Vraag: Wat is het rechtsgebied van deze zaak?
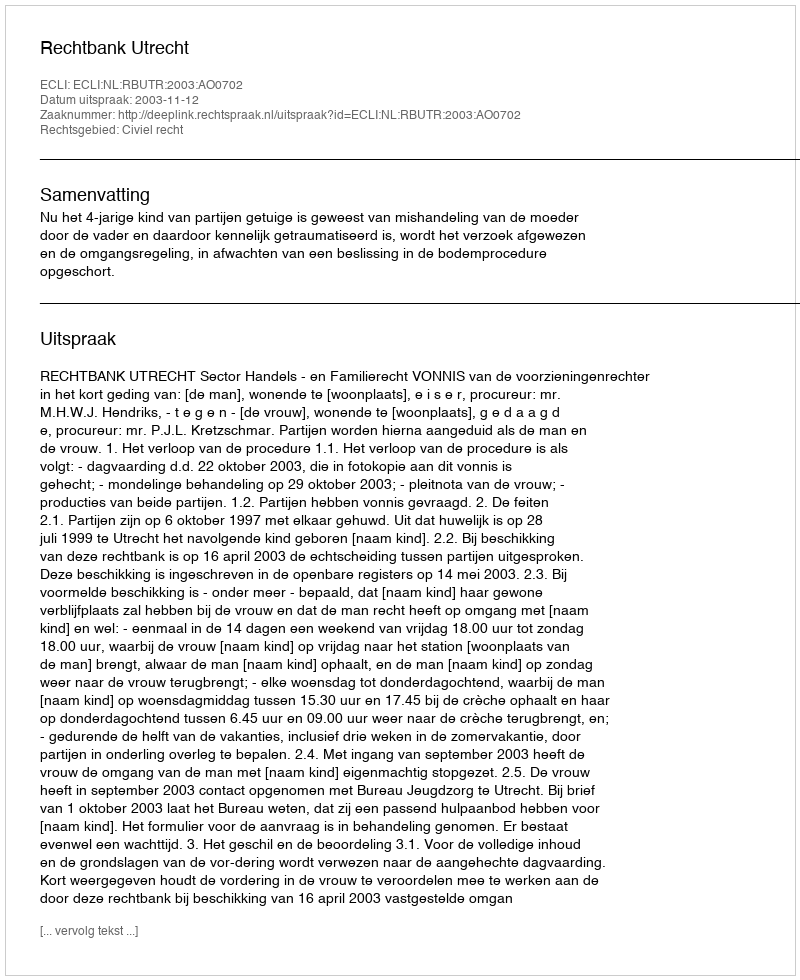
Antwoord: Civiel recht